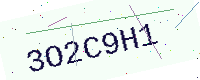
Text: 3O2C9H1